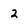
Character: 2